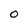
Character: O